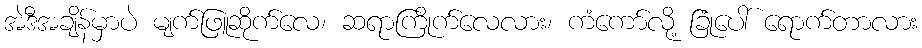
အဲဒီအချိန်မှာပဲ မျက်ဖြူဆိုက်လေ၊ ဆရာကြိုက်လေလား၊ ကံကော်လို့ ခြုံပေါ် ရောက်တာလား